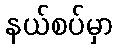
နယ်စပ်မှာ